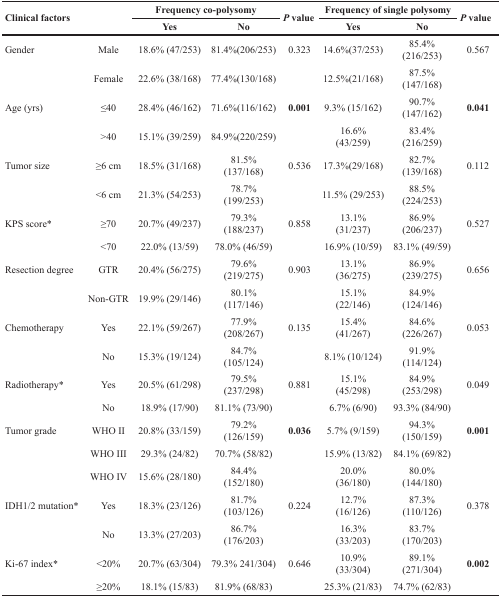
<table><thead><tr><td rowspan="2"><b>Clinical factors</b></td><td rowspan="2"></td><td colspan="2"><b>Frequency co-polysomy</b></td><td rowspan="2"><b><i>P</i> value</b></td><td colspan="2"><b>Frequency of single polysomy</b></td><td rowspan="2"><b><i>P</i> value</b></td></tr><tr><td><b>Yes</b></td><td><b>No</b></td><td><b>Yes</b></td><td><b>No</b></td></tr></thead><tbody><tr><td>Gender</td><td>Male</td><td>18.6% (47/253)</td><td>81.4%(206/253)</td><td>0.323</td><td>14.6%(37/253)</td><td>85.4% (216/253)</td><td>0.567</td></tr><tr><td></td><td>Female</td><td>22.6% (38/168)</td><td>77.4%(130/168)</td><td></td><td>12.5%(21/168)</td><td>87.5% (147/168)</td><td></td></tr><tr><td>Age (yrs)</td><td>≤40</td><td>28.4% (46/162)</td><td>71.6%(116/162)</td><td><b>0.001</b></td><td>9.3% (15/162)</td><td>90.7% (147/162)</td><td><b>0.041</b></td></tr><tr><td></td><td>&gt;40</td><td>15.1% (39/259)</td><td>84.9%(220/259)</td><td></td><td>16.6% (43/259)</td><td>83.4% (216/259)</td><td></td></tr><tr><td>Tumor size</td><td>≥6 cm</td><td>18.5% (31/168)</td><td>81.5% (137/168)</td><td>0.536</td><td>17.3%(29/168)</td><td>82.7% (139/168)</td><td>0.112</td></tr><tr><td></td><td>&lt;6 cm</td><td>21.3% (54/253)</td><td>78.7% (199/253)</td><td></td><td>11.5% (29/253)</td><td>88.5% (224/253)</td><td></td></tr><tr><td>KPS score*</td><td>≥70</td><td>20.7% (49/237)</td><td>79.3% (188/237)</td><td>0.858</td><td>13.1% (31/237)</td><td>86.9% (206/237)</td><td>0.527</td></tr><tr><td></td><td>&lt;70</td><td>22.0% (13/59)</td><td>78.0% (46/59)</td><td></td><td>16.9% (10/59)</td><td>83.1% (49/59)</td><td></td></tr><tr><td>Resection degree</td><td>GTR</td><td>20.4% (56/275)</td><td>79.6% (219/275)</td><td>0.903</td><td>13.1% (36/275)</td><td>86.9% (239/275)</td><td>0.656</td></tr><tr><td></td><td>Non-GTR</td><td>19.9% (29/146)</td><td>80.1% (117/146)</td><td></td><td>15.1% (22/146)</td><td>84.9% (124/146)</td><td></td></tr><tr><td>Chemotherapy</td><td>Yes</td><td>22.1% (59/267)</td><td>77.9% (208/267)</td><td>0.135</td><td>15.4% (41/267)</td><td>84.6% (226/267)</td><td>0.053</td></tr><tr><td></td><td>No</td><td>15.3% (19/124)</td><td>84.7% (105/124)</td><td></td><td>8.1% (10/124)</td><td>91.9% (114/124)</td><td></td></tr><tr><td>Radiotherapy*</td><td>Yes</td><td>20.5% (61/298)</td><td>79.5% (237/298)</td><td>0.881</td><td>15.1% (45/298)</td><td>84.9% (253/298)</td><td>0.049</td></tr><tr><td></td><td>No</td><td>18.9% (17/90)</td><td>81.1% (73/90)</td><td></td><td>6.7% (6/90)</td><td>93.3% (84/90)</td><td></td></tr><tr><td>Tumor grade</td><td>WHO II</td><td>20.8% (33/159)</td><td>79.2% (126/159)</td><td><b>0.036</b></td><td>5.7% (9/159)</td><td>94.3% (150/159)</td><td><b>0.001</b></td></tr><tr><td></td><td>WHO III</td><td>29.3% (24/82)</td><td>70.7% (58/82)</td><td></td><td>15.9% (13/82)</td><td>84.1% (69/82)</td><td></td></tr><tr><td></td><td>WHO IV</td><td>15.6% (28/180)</td><td>84.4% (152/180)</td><td></td><td>20.0% (36/180)</td><td>80.0% (144/180)</td><td></td></tr><tr><td>IDH1/2 mutation*</td><td>Yes</td><td>18.3% (23/126)</td><td>81.7% (103/126)</td><td>0.224</td><td>12.7% (16/126)</td><td>87.3% (110/126)</td><td>0.378</td></tr><tr><td></td><td>No</td><td>13.3% (27/203)</td><td>86.7% (176/203)</td><td></td><td>16.3% (33/203)</td><td>83.7% (170/203)</td><td></td></tr><tr><td>Ki-67 index*</td><td>&lt;20%</td><td>20.7% (63/304)</td><td>79.3% 241/304)</td><td>0.646</td><td>10.9% (33/304)</td><td>89.1% (271/304)</td><td><b>0.002</b></td></tr><tr><td></td><td>≥20%</td><td>18.1% (15/83)</td><td>81.9% (68/83)</td><td></td><td>25.3% (21/83)</td><td>74.7% (62/83)</td><td></td></tr></tbody></table>